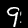
Label: 9